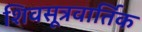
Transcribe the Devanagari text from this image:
शिवसूत्रवार्तिक